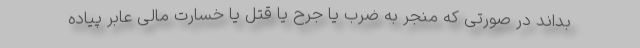
بداند در صورتی که منجر به ضرب یا جرح یا قتل یا خسارت مالی عابر پیاده